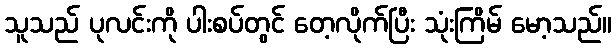
သူသည် ပုလင်းကို ပါးစပ်တွင် တေ့လိုက်ပြီး သုံးကြိမ် မော့သည်။